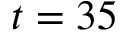
t = 3 5